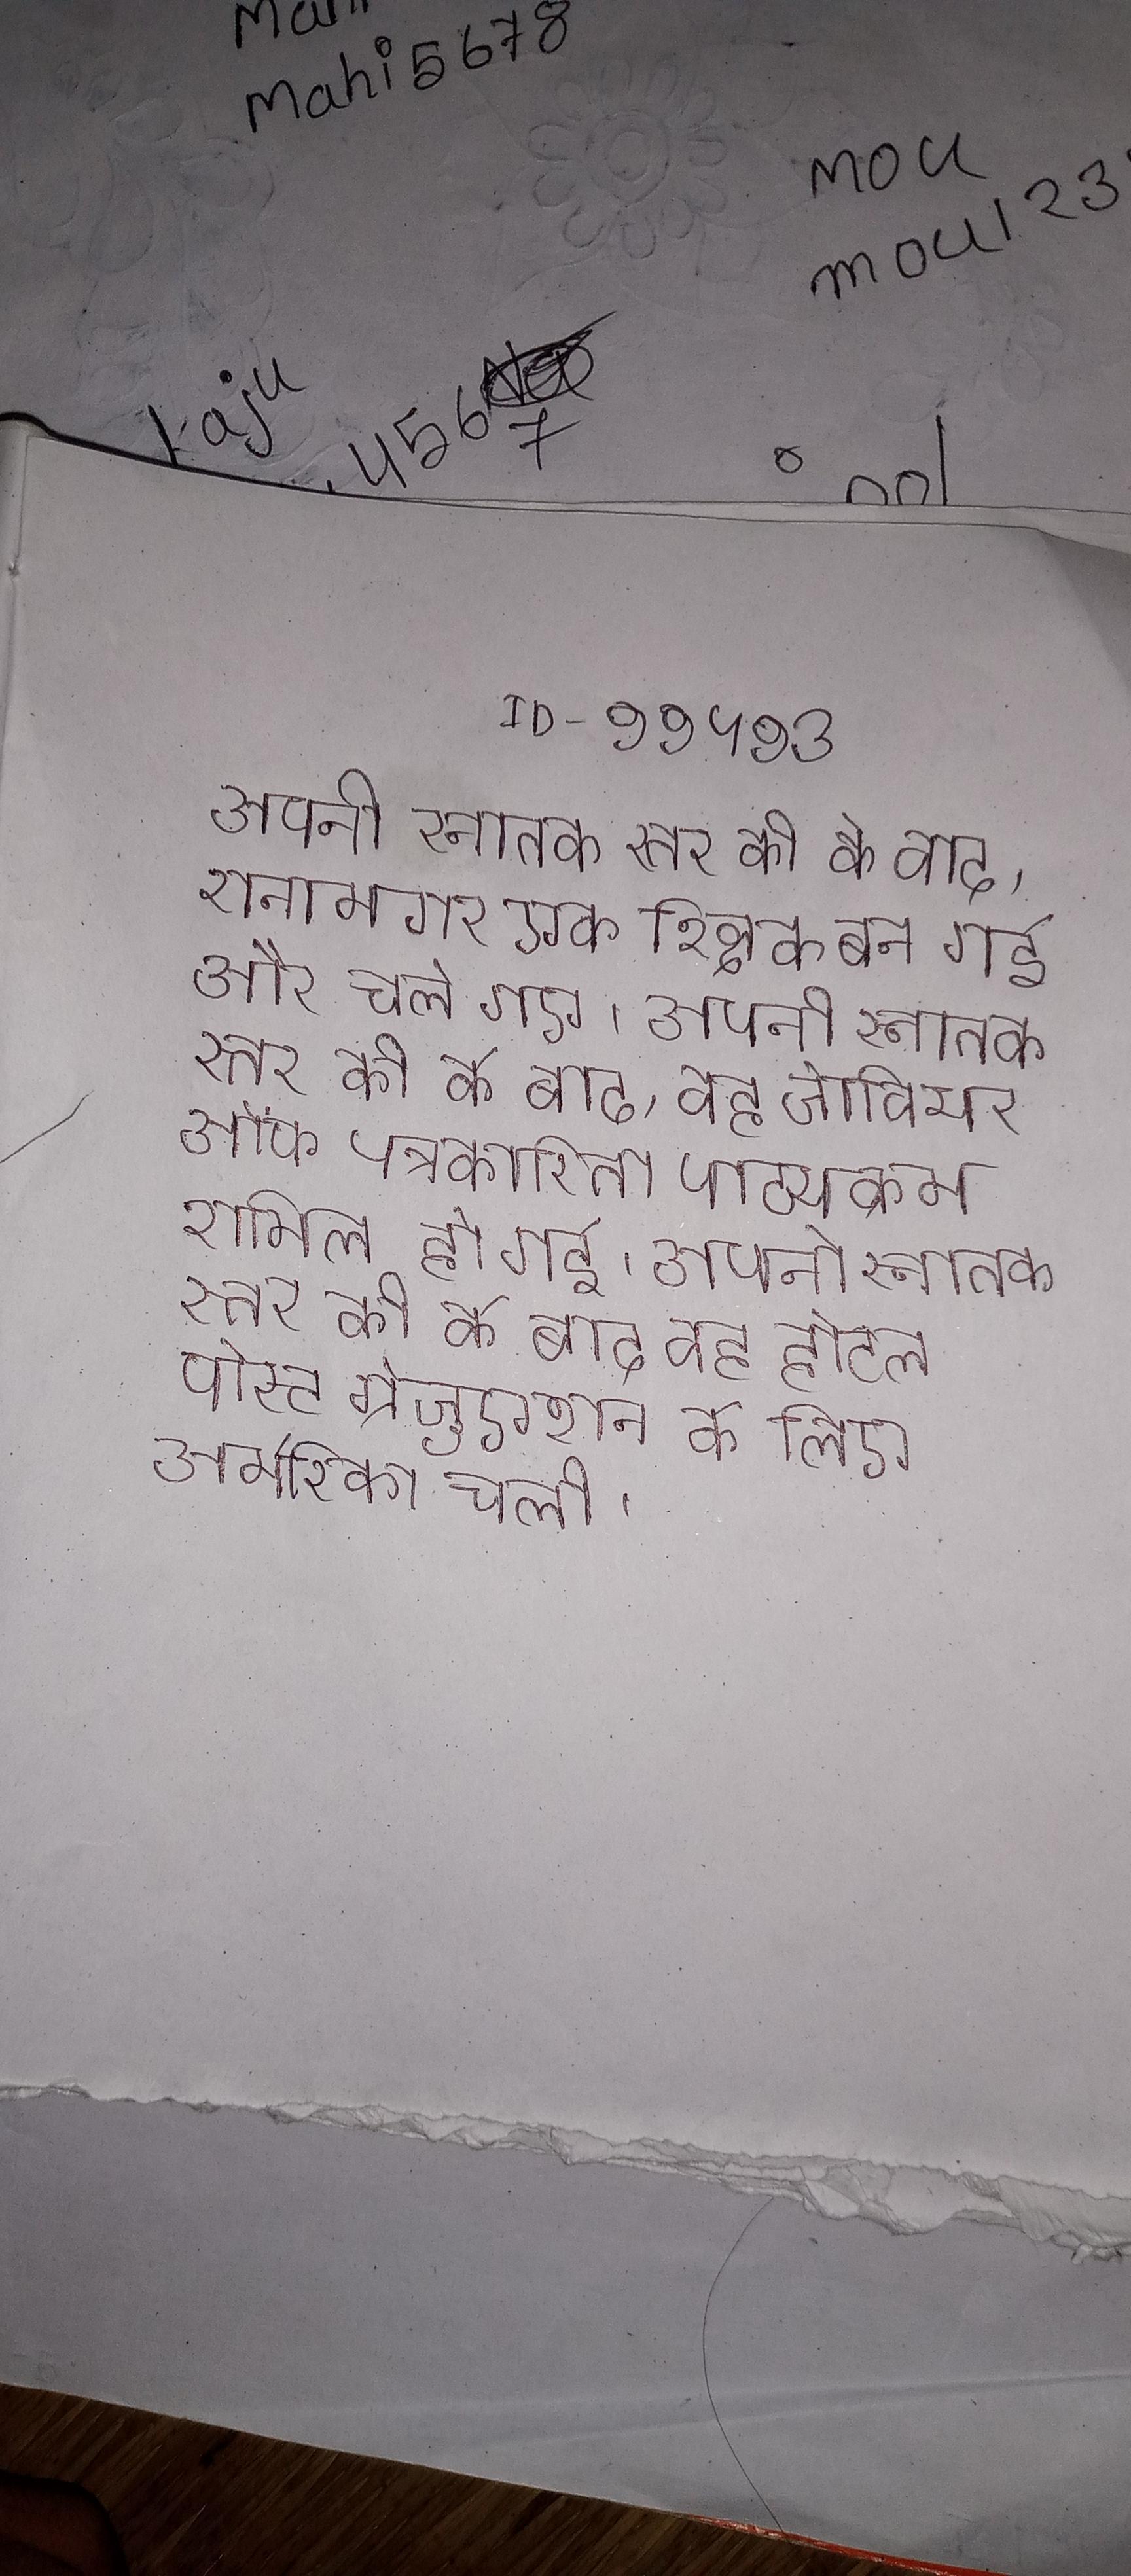
अपनी स्नातक स्तर की के बाद, रानामगर एक शिक्षक बन गई और चले गए । अपनी स्नातक स्तर की के बाद, वह जेवियर ऑफ पत्रकारिता पाठ्यक्रम शामिल हो गई । अपनी स्नातक स्तर की के बाद वह होटल पोस्ट ग्रेजुएशन के लिए अमेरिका चली ।